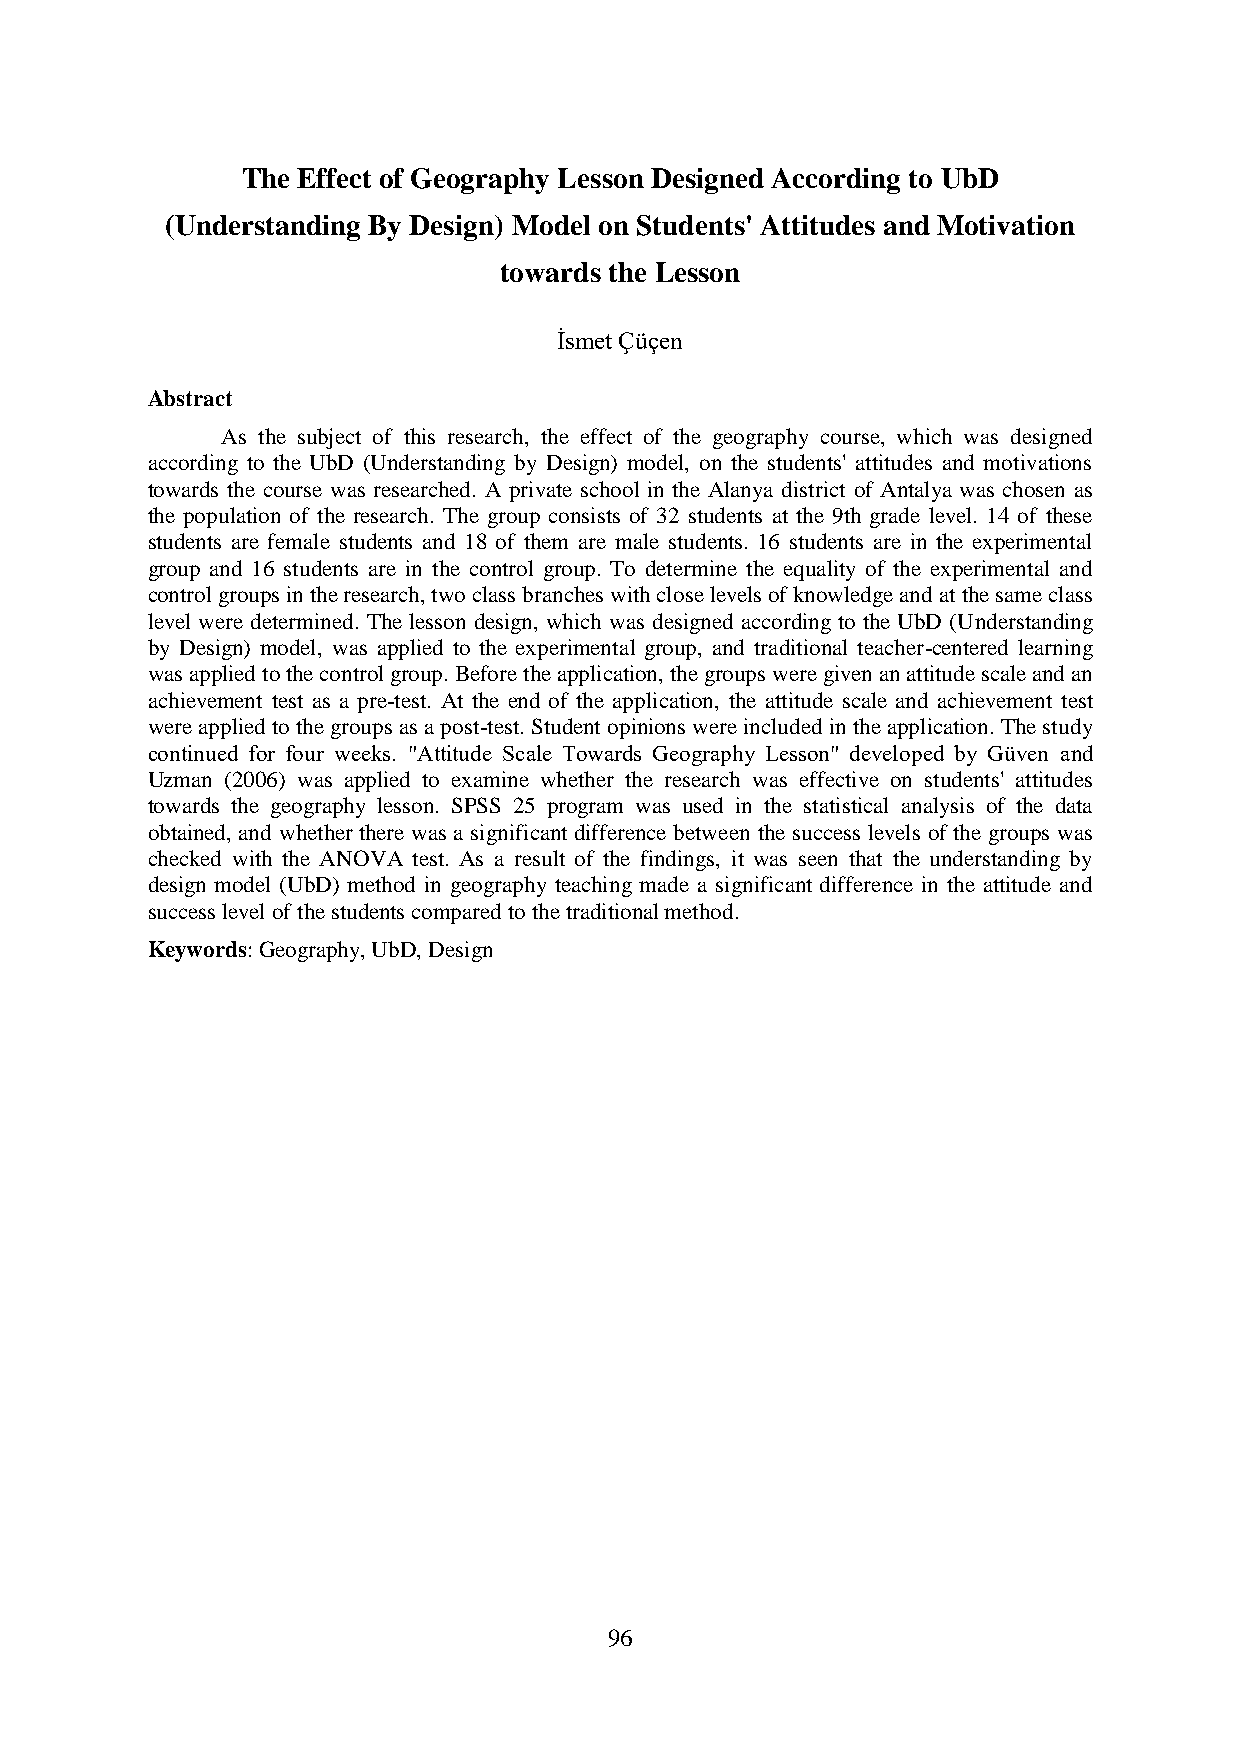
The Effect of Geography Lesson Designed According to UbD
 (Understanding By Design) Model on Students' Attitudes and Motivation
 towards the Lesson
 İsmet Çüçen
 Abstract
 As the subject of this research, the effect of the geography course, which was designed
 according to the UbD (Understanding by Design) model, on the students' attitudes and motivations
 towards the course was researched. A private school in the Alanya district of Antalya was chosen as
 the population of the research. The group consists of 32 students at the 9th grade level. 14 of these
 students are female students and 18 of them are male students. 16 students are in the experimental
 group and 16 students are in the control group. To determine the equality of the experimental and
 control groups in the research, two class branches with close levels of knowledge and at the same class
 level were determined. The lesson design, which was designed according to the UbD (Understanding
 by Design) model, was applied to the experimental group, and traditional teacher-centered learning
 was applied to the control group. Before the application, the groups were given an attitude scale and an
 achievement test as a pre-test. At the end of the application, the attitude scale and achievement test
 were applied to the groups as a post-test. Student opinions were included in the application. The study
 continued for four weeks. "Attitude Scale Towards Geography Lesson" developed by Güven and
 Uzman (2006) was applied to examine whether the research was effective on students' attitudes
 towards the geography lesson. SPSS 25 program was used in the statistical analysis of the data
 obtained, and whether there was a significant difference between the success levels of the groups was
 checked with the ANOVA test. As a result of the findings, it was seen that the understanding by
 design model (UbD) method in geography teaching made a significant difference in the attitude and
 success level of the students compared to the traditional method.
 Keywords: Geography, UbD, Design
 96